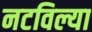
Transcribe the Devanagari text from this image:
नटविल्या